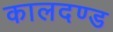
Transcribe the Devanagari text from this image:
कालदण्ड